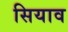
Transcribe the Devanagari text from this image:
सियाव